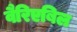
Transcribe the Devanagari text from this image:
वैरिएबिल